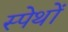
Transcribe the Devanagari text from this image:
स्पेथों